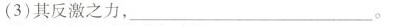
(3)其反激之力，___。